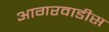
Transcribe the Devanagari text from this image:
आगरवाडीस